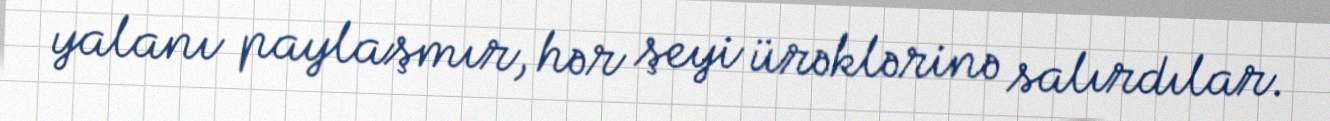
yalanı paylaşmır, hər şeyi ürəklərinə salırdılar.